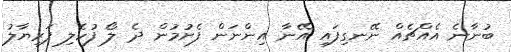
ބުނާނެ އެއްޗެއް ނޭނގިފައި އޭނާ އިންނަން ފެށުމުން ދެ ލޯ ފުހެލި ފަރިޔާލު